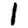
Digit: 1